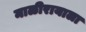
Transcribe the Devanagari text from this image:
माळीरायाला